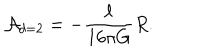
LaTeX: { \cal A } _ { d = 2 } = - \frac { \ell } { 1 6 \pi G } R .